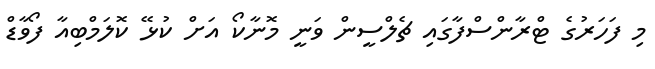
މި ފަހަރުގެ ޓްރާންސްފާގައި ޗެލްސީން ވަނީ މޮނާކޯ އަށް ކުޅޭ ކޮލަމްބިއާ ފޯވާޑް